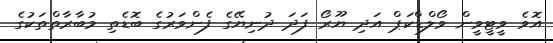
އޮވެ ވީޓީވީން ވޯލްޑްކަޕް އަދި ޔޫރޯ ފަދަ ދުނިޔޭގެ ފެންވަރުގެ ބޮޑެތި މުބާރާތްތަކުގެ